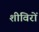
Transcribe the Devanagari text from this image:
शीविरों